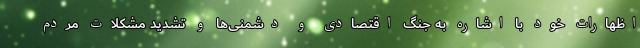
اظهارات خود با اشاره به جنگ اقتصادی و دشمنی‌ها و تشدید مشکلات مردم